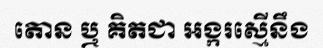
តោន ឬ គិតជា អង្ករស្មើនឹង